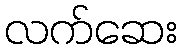
လက်ဆေး